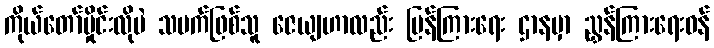
ကိုယ်တော်မှိုင်းလိုပဲ သမက်ဖြစ်သူ ဇေယျဟာလည်း ပြန်ကြားရေး ဌာနမှာ ညွှန်ကြားရေးဝန်